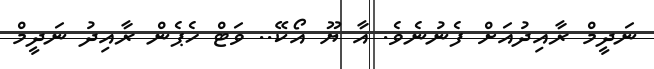
ނަދީމް ރާއިދުއަށް ފެނުނެވެ. އާ ޔޫ އޯކޭ.. ވަޓް ހެޕެން ރާއިދު ނަދީމް